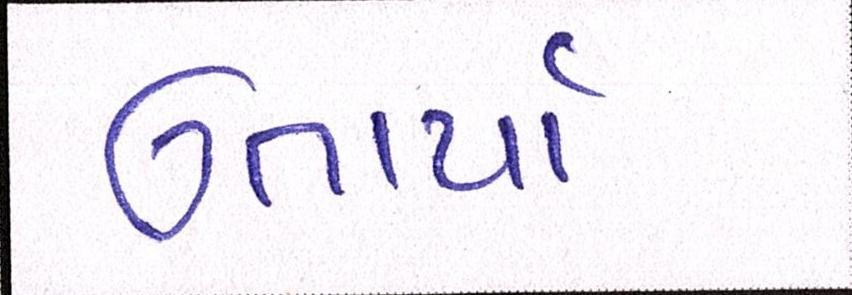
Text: ઉતાર્યા